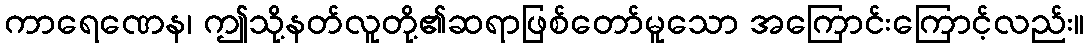
ကာရေဏေန၊ ဤသို့နတ်လူတို့၏ဆရာဖြစ်တော်မူသော အကြောင်းကြောင့်လည်း။